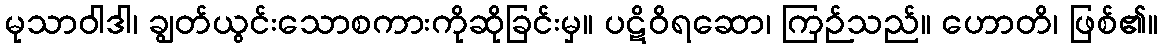
မုသာဝါဒါ၊ ချွတ်ယွင်းသောစကားကိုဆိုခြင်းမှ။ ပဋိဝိရဆော၊ ကြဉ်သည်။ ဟောတိ၊ ဖြစ်၏။